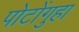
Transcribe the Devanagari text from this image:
पोटोंगुहा